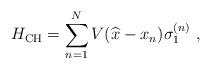
LaTeX: \begin{align*}H_{\rm CH} = \sum_{n=1}^{N} V(\widehat{x}- x_n) \sigma_{1}^{(n)} \ ,\end{align*}